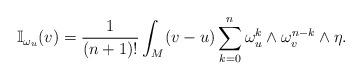
LaTeX: \begin{align*}\mathbb{I}_{\omega_u}(v)=\frac{1}{(n+1)!}\int_M (v-u)\sum_{k=0}^n \omega_u^k\wedge \omega_v^{n-k}\wedge \eta.\end{align*}